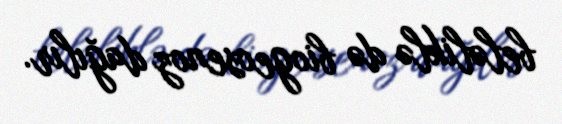
beləliklə də biogeosenoz dağılır.